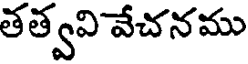
తత్వవి వేచనము